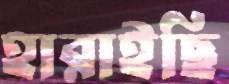
হারাইছি